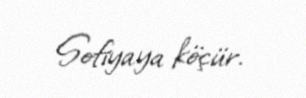
Sofiyaya köçür.